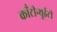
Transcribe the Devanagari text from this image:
काँटीन्यूईटी